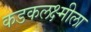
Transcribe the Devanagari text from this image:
कडकलक्ष्मीला